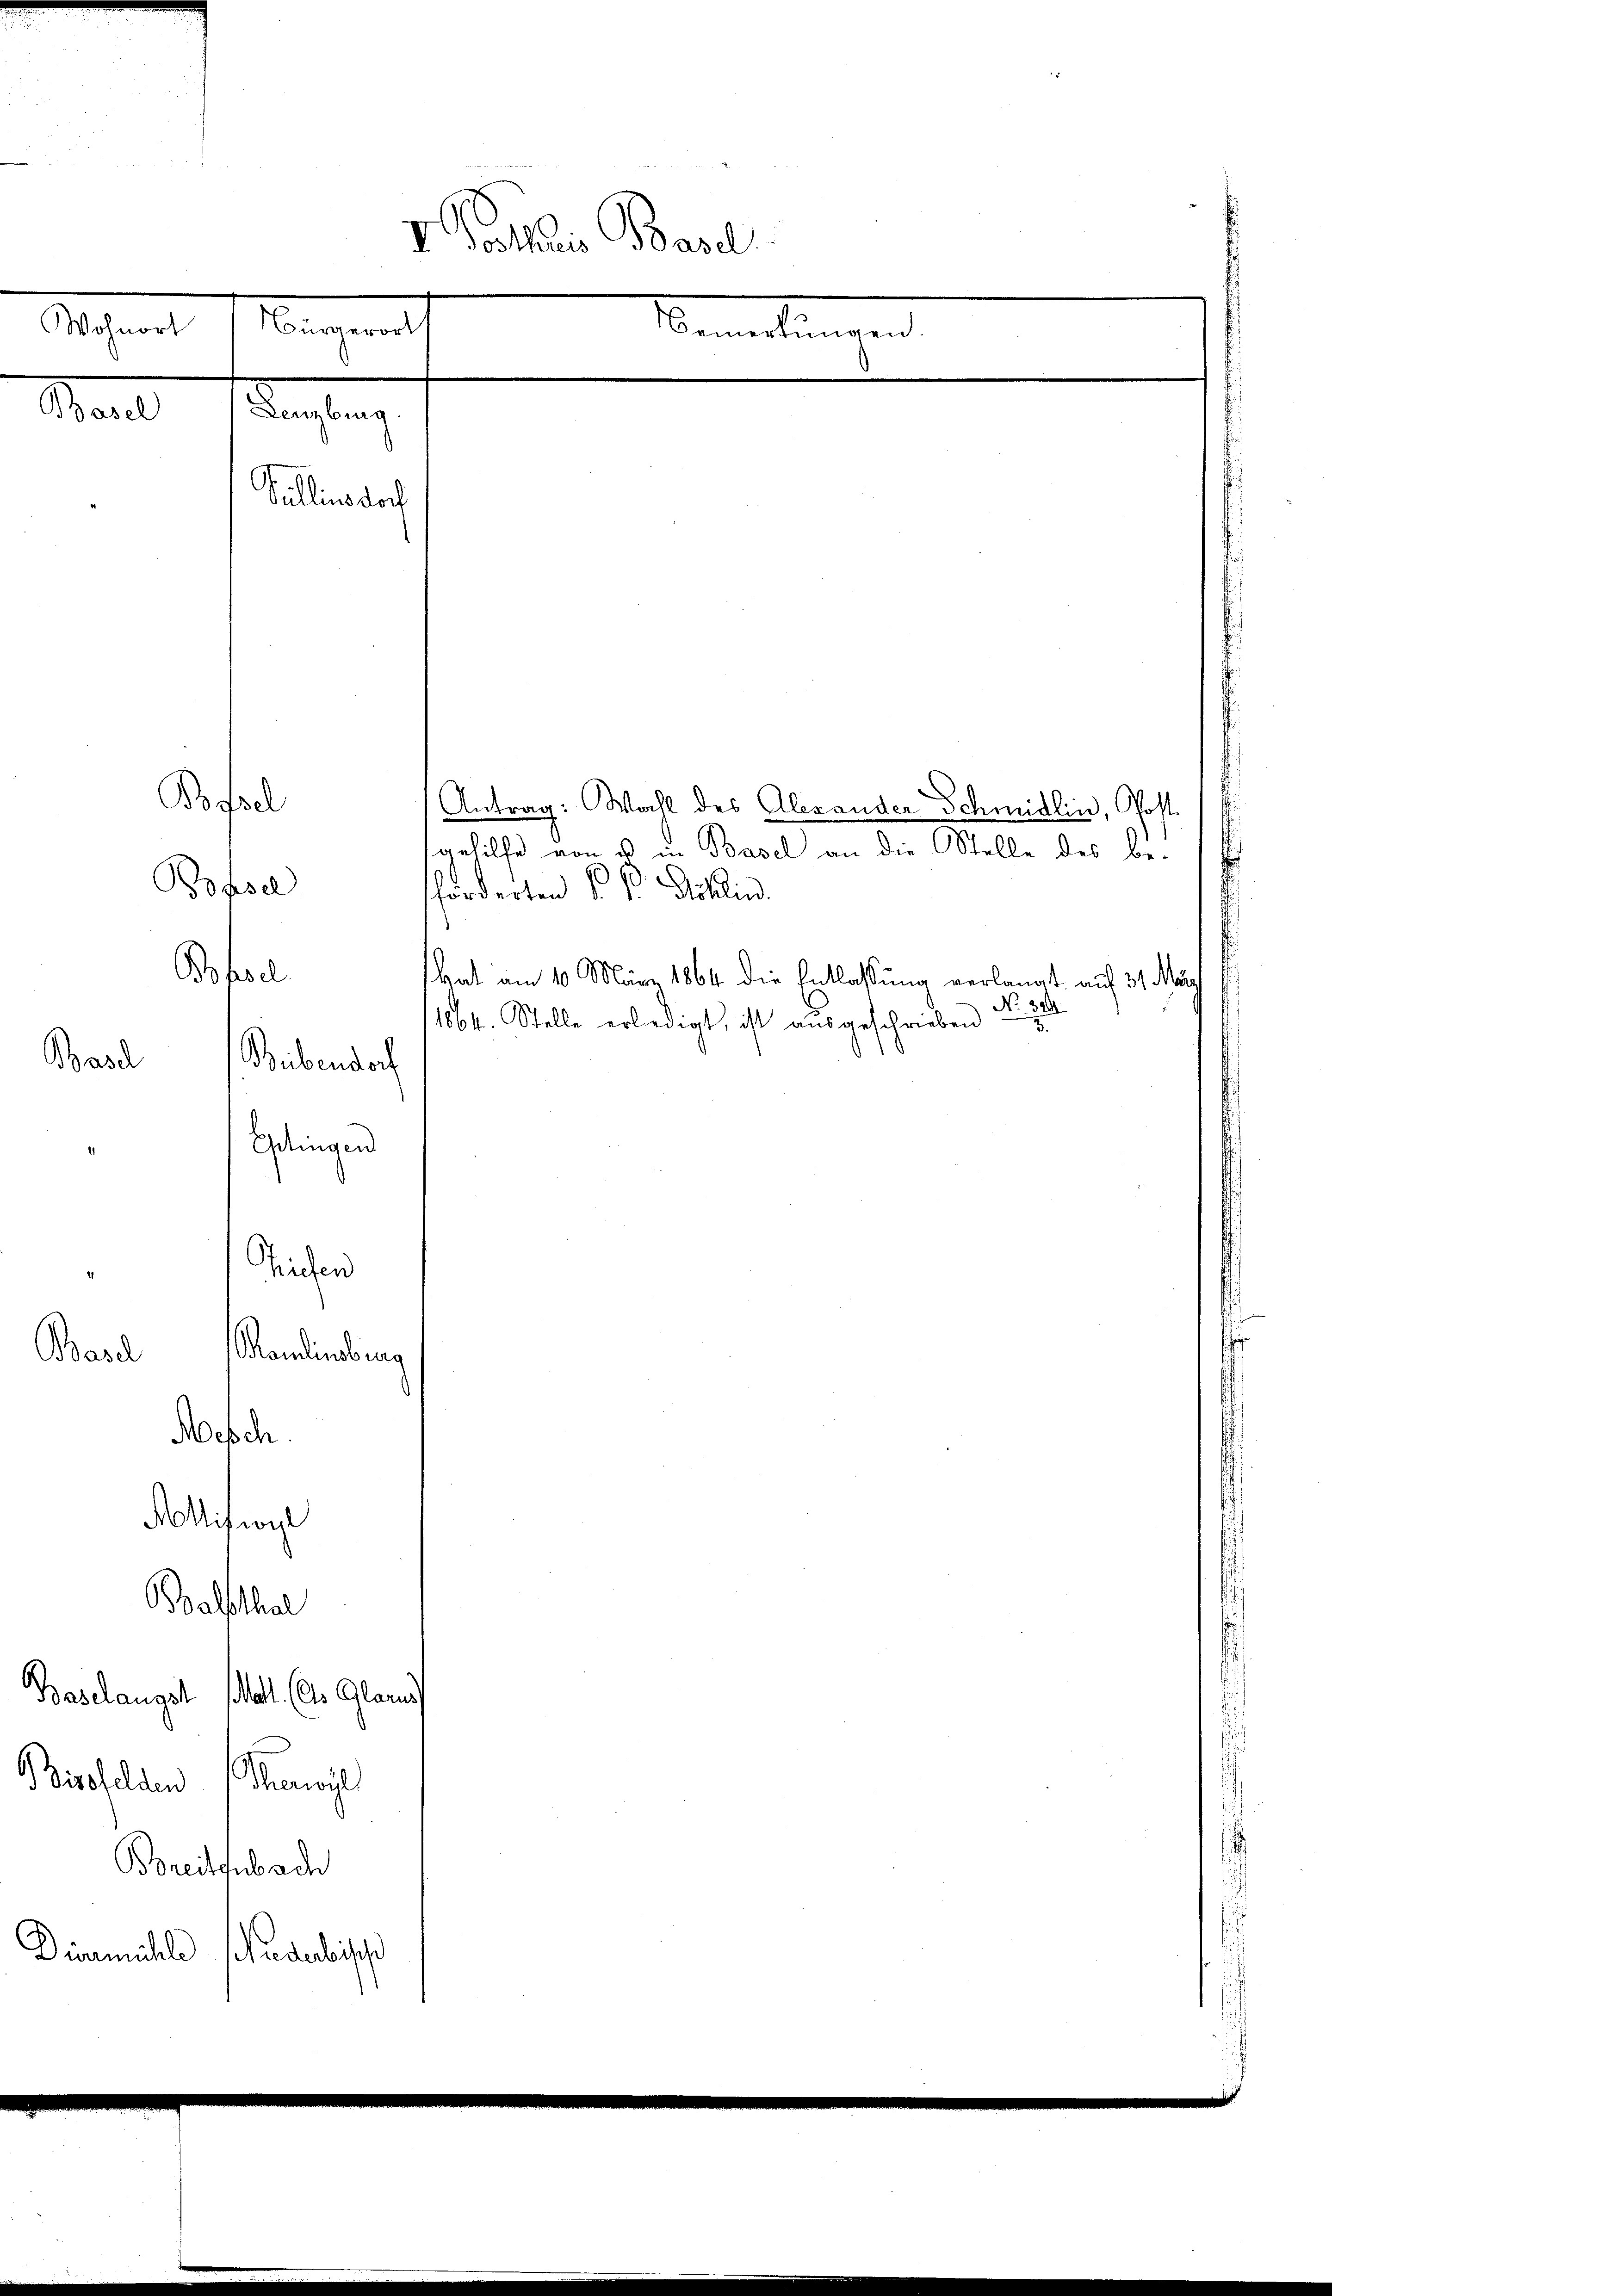
V Pallis Basel
7
Bürgerort
Wohnort
Vemeldungen,
ail achtung
Vullins doch

Baselangst Mal (les Glan
Bisfelden (Sanwil

Bofall
Bohsel
Bohsel
Basel
Bübendoch

Basl
Kandinbring
Nesch.
Moision

Gedingen
Triden

Balsthal

Boreitgubach
Diermühle schiederlisch

forderten k. k. Schlin

1864. Stelle erledigt, ist aŭsgeschrieben

Antrag: Wahl des Alexander Schmidlin, Post.
gehilfe von es in Basel an die Stelle des be-
Hat am 10. März 1864 die Entlassung verlangt auf 31 März
No 324.